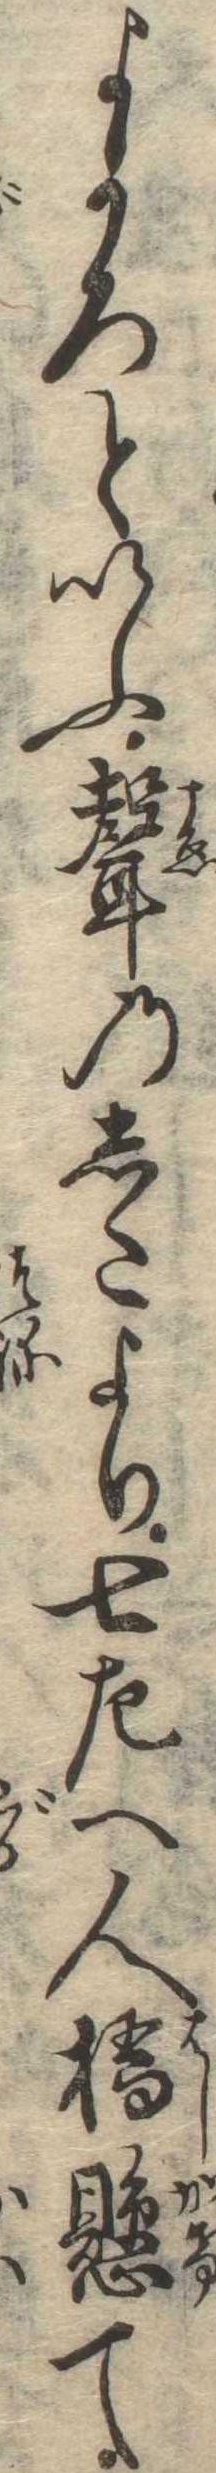
よかろといふ声のしたより七左へ人橋懸て